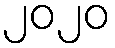
၂၀၂၀